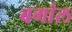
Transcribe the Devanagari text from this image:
बगांल